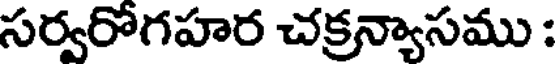
సర్వరోగహర చక్రన్యాసము :